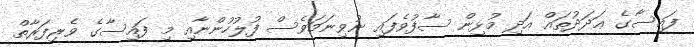
ފައިސާގެ ޢަދަދުތައް އަދި މުޅިން ސާފުވެފައި ނުވިނަމަވެސް ފުލުހުންނާއި މި ފައިސާގެ ވެރިފަރާތް